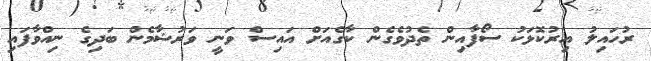
ރުހައިލު އިރުކޮޅަކު ސޯފާއިން ތެދުވެގެން ކާގެއަށް އައިސް ވަނީ ވަރުޝާމެން ބަދިގެ ނިއްވާފައި